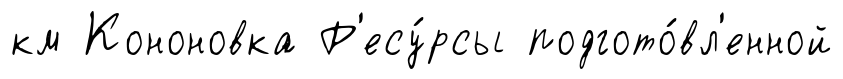
км Кононовка Р'есу́рсы подгото́вл'енной